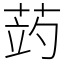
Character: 𦲂